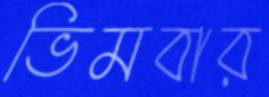
ভিমবার